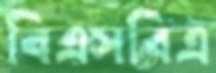
বিএসবিএ